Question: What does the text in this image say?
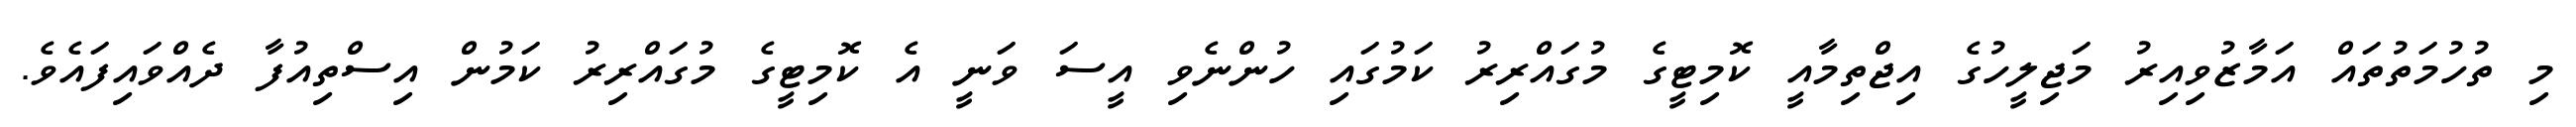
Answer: މި ތުހުމަތުތައް އަމާޒުވިއިރު މަޖިލީހުގެ އިޖްތިމާއީ ކޮމިޓީގެ މުގައްރިރު ކަމުގައި ހުންނެވި އީސަ ވަނީ އެ ކޮމިޓީގެ މުގައްރިރު ކަމުން އިސްތިއުފާ ދެއްވައިފައެވެ.